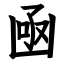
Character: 凾